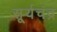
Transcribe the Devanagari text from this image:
सू्र्यचंद्र